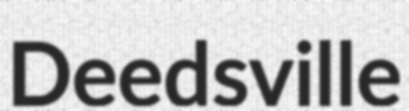
Deedsville